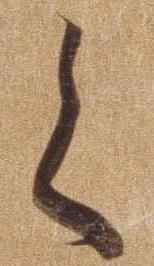
く